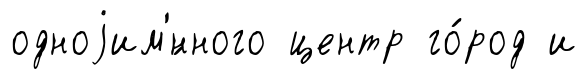
одноjим'́нного центр го́род и